Vaccine operations Central Provinces 1868-1885 - 1868-1885
Year: 1868
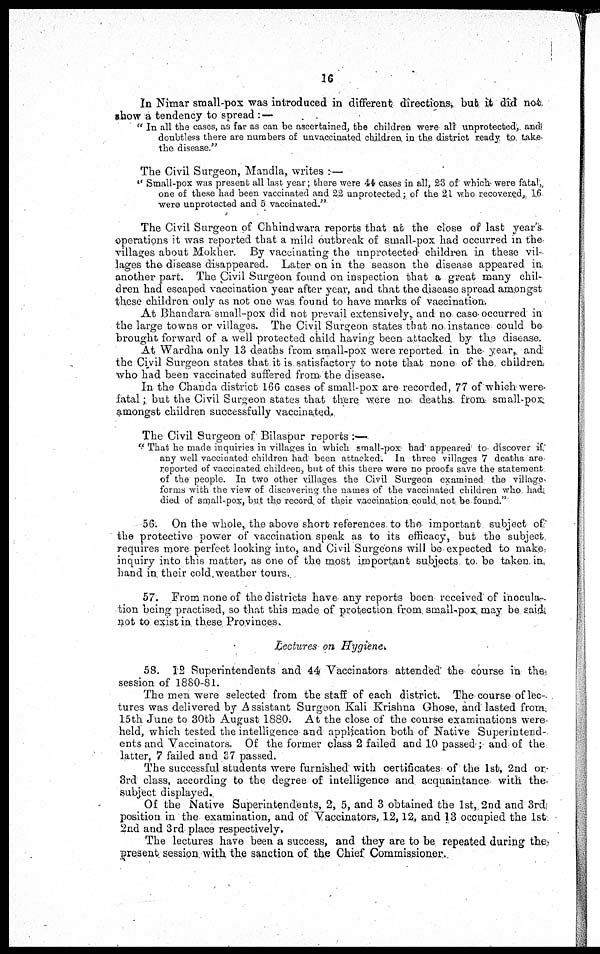
16
In Nimar small-pox was introduced in different directions, but it did not
show a tendency to spread :—
" In all the cases, as far as can be ascertained, the children were all unprotected, and
doubtless there are numbers of unvaccinated children in the district ready to take
the disease."
The Civil Surgeon, Mandla, writes : —
" Small-pox was present all last year; there were 44 cases in all, 23 of which were fatal,
one of these had been vaccinated and 22 unprotected; of the 21 who recovered, 16
were unprotected and 5 vaccinated."
The Civil Surgeon of Chhindwara reports that at the close of last year's
operations it was reported that a mild outbreak of small-pox had occurred in the
villages about Mokher. By vaccinating the unprotected children in these vil-
lages the disease disappeared. Later on in the season the disease appeared in
another part. The Civil Surgeon found on inspection that a great many chil-
dren had escaped vaccination year after year, and that the disease spread amongst
these children only as not one was found to have marks of vaccination.
At Bhandara small-pox did not prevail extensively, and no case occurred in
the large towns or villages. The Civil Surgeon states that no instance could be
brought forward of a well protected child having been attacked by the disease.
At Wardha only 13 deaths from small-pox were reported in the year, and
the Civil Surgeon states that it is satisfactory to note that none of the children
who had been vaccinated suffered from the disease.
In the Chanda district 166 cases of small-pox are recorded, 77 of which were
fatal; but the Civil Surgeon states that there were no deaths from small-pox
amongst children successfully vaccinated.
The Civil Surgeon of Bilaspur reports :—
" That he made inquiries in villages in which small-pox had appeared to discover if
any well vaccinated children had been attacked. In three villages 7 deaths are
reported of vaccinated children, but of this there were no proofs save the statement
of the people. In two other villages the Civil Surgeon examined the village
forms with the view of discovering the names of the vaccinated children who had
died of small-pox, but the record of their vaccination could not be found."
56. On the whole, the above short references to the important subject of
the protective power of vaccination speak as to its efficacy, but the subject
requires more perfect looking into, and Civil Surgeons will be expected to make
inquiry into this matter, as one of the most important subjects to. be taken in
hand in their cold, weather tours.
57. From none of the districts have any reports been received of inocula-
tion being practised, so that this made of protection from small-pox may be said
not to exist in these Provinces.
Lectures on Hygiene.
58. 12 Superintendents and 44 Vaccinators attended the course in the
session of 1880-81.
The men were selected from the staff of each district. The course of lec-
tures was delivered by Assistant Surgeon Kali Krishna Ghose, and lasted from
15th June to 30tb August 1880. At the close of the course examinations were
held, which tested the intelligence and application both of Native Superintend-
ents and Vaccinators. Of the former class 2 failed and 10 passed; and of the
latter, 7 failed and 37 passed.
The successful students were furnished with certificates of the 1st, 2nd or
3rd class, according to the degree of intelligence and acquaintance with the
subject displayed.
Of the Native Superintendents, 2, 5, and 3 obtained the 1st, 2nd and 3rd
position in the examination, and of Vaccinators, 12,12, and 13 occupied the 1st
2nd and 3rd place respectively.
The lectures have been a success, and they are to be repeated during the
present session with the sanction of the Chief Commissioner.